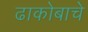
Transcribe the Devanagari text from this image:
ढाकोबाचे